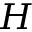
H